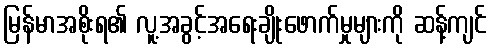
မြန်မာအစိုးရ၏ လူ့အခွင့်အရေးချိုးဖောက်မှုများကို ဆန့်ကျင်